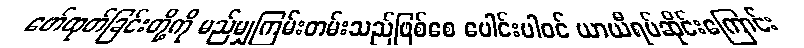
ဖော်ထုတ်ခြင်းတို့ကို မည်မျှကြမ်းတမ်းသည်ဖြစ်စေ ပေါင်းပါဝင် ယာယီရပ်ဆိုင်းကြောင်း